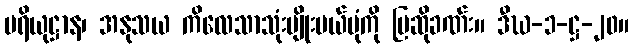
ပရိယုဋ္ဌာန၊ အနုသယ ကိလေသာသုံးမျိုးပယ်ပုံကို ပြဆိုခဏ်း။ ဒီဃ-၁-ဋ္ဌ-၂၀။